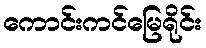
ကောင်းကင်မြေရိုင်း